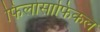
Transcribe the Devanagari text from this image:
फिलोसाफिकल